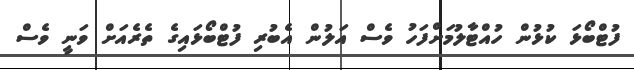
ފުޓްބޯޅަ ކުޅުން ހުއްޓާލުމަށްފަހު ވެސް އަލުން އެބުރި ފުޓްބޯޅައިގެ ތެރެއަށް ވަނީ ވެސް